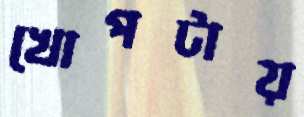
খোপটায়